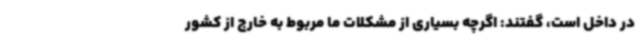
در داخل است، گفتند: اگرچه بسیاری از مشکلات ما مربوط به خارج از کشور